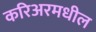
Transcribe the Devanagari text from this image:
करिअरमधील